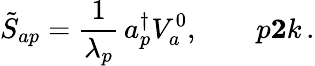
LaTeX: \tilde{S}_{ap}={\frac{1}{\lambda_{p}}}\, a_{p}^{\dagger}V_{a}^{0},\qquad p\le 2k\, .